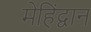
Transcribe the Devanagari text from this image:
मेहिंद्वान